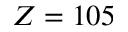
Z = 1 0 5